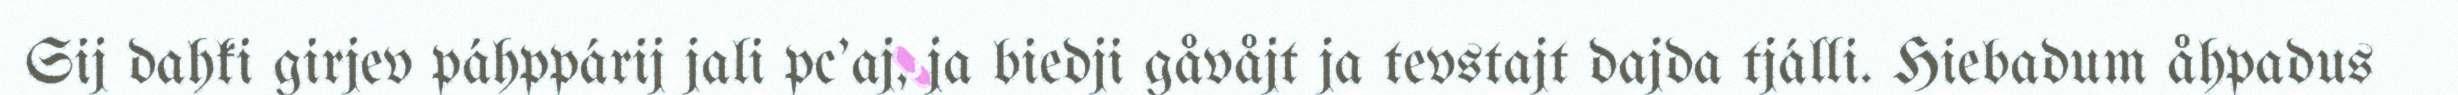
Sij dahki girjev páhppárij jali pc'aj, ja biedji gåvåjt ja tevstajt dajda tjálli. Hiebadum åhpadus